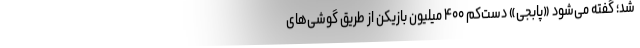
شد؛ گفته می‌شود «پابجی» دست‌کم ۴۰۰ میلیون بازیکن از طریق گوشی‌های